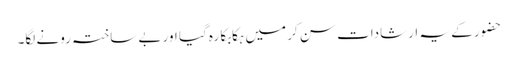
حضور کے یہ ارشادات سن کر میں ہکابکا رہ گیا اور بے ساختہ رونے لگا۔